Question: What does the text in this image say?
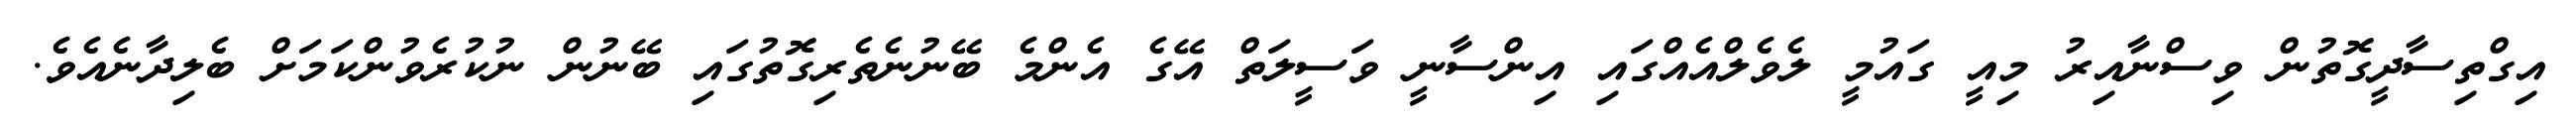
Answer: އިގްތިސާދީގޮތުން ވިސްނާއިރު މިއީ ގައުމީ ލެވެލްއެއްގައި އިންސާނީ ވަސީލަތް އޭގެ އެންމެ ބޭނުނެތެރިގޮތުގައި ބޭނުން ނުކުރެވުންކަމަށް ބެލިދާނެއެވެ.